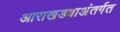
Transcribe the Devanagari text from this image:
आराखड्याअंतर्गत